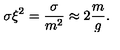
\sigma \xi ^ { 2 } = \frac { \sigma } { m ^ { 2 } } \approx 2 \frac { m } { g } .